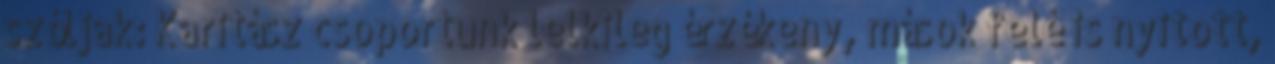
szóljak: Karitász csoportunk lelkileg érzékeny, mások felé is nyitott,